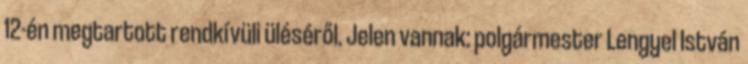
12-én megtartott rendkívüli üléséről. Jelen vannak: polgármester Lengyel István